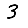
Digit: 3